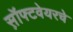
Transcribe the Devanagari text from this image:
स़ॉफ्टवेयरचे